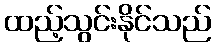
ထည့်သွင်းနိုင်သည်